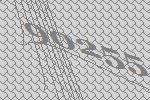
90255